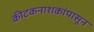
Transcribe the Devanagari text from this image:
कीटकनाशकांपासून